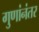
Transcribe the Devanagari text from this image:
गुणांनंतर